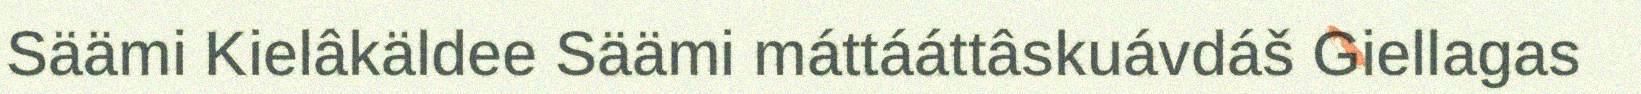
Säämi Kielâkäldee Säämi máttááttâskuávdáš Giellagas